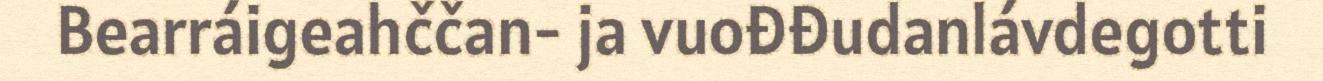
Bearráigeahččan- ja vuođđudanlávdegotti